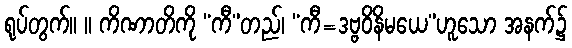
ရုပ်တွက်။ ။ ကိဏာတိကို “ကီ”တည်၊ “ကီ=ဒဗ္ဗဝိနိမယေ”ဟူသော အနက်၌